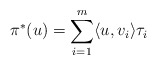
\begin{align*} \pi^*(u)=\sum_{i=1}^m \langle u,v_i\rangle \tau_i \end{align*}